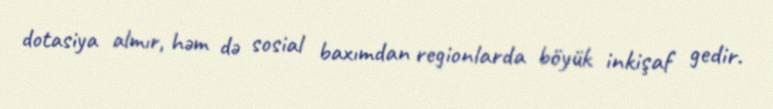
dotasiya almır, həm də sosial baxımdan regionlarda böyük inkişaf gedir.